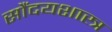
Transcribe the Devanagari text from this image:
सौंदयशास्त्र